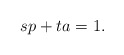
\begin{align*}sp+ta=1\text.\end{align*}